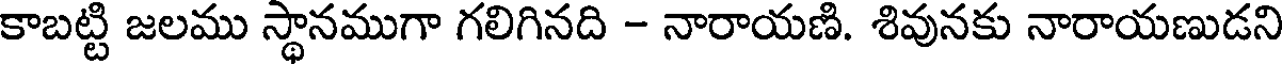
కాబట్టి జలము స్థానముగా గలిగినది - నారాయణి. శివునకు నారాయణుడని